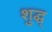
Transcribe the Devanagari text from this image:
शुद्ध्